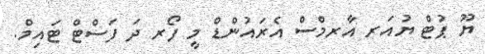
ޔޫ ޕުޓް ޔުއަރ އާރމްސް އެރައުންޑް މީ ފޯރ ދަ ފަސްޓް ޓައިމް.